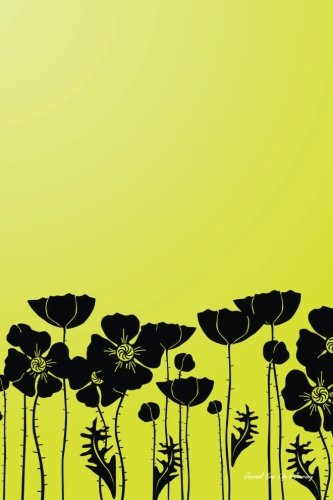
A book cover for Journal Your Life's Journey: Grass and Poppy, Lined Journal, 6 x 9, 100 Pages; Journal Your Life's Journey; Health, Fitness & Dieting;